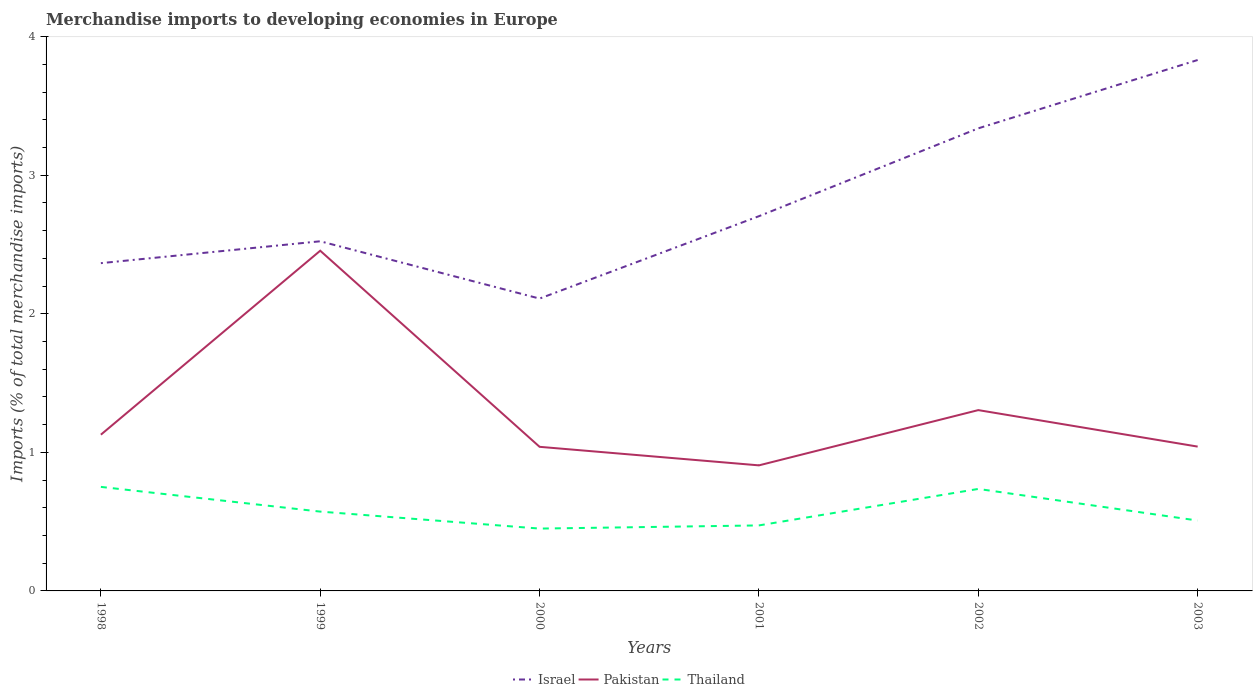
| Years | Israel | Pakistan | Thailand |
 | --- | --- | --- | --- |
 | 1998 | 2.37 | 1.13 | 0.751 |
 | 1999 | 2.52 | 2.46 | 0.573 |
 | 2000 | 2.11 | 1.04 | 0.45 |
 | 2001 | 2.7 | 0.906 | 0.473 |
 | 2002 | 3.34 | 1.31 | 0.736 |
 | 2003 | 3.83 | 1.04 | 0.508 |